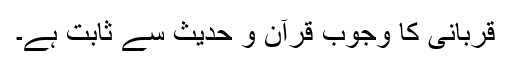
قربانی کا وجوب قرآن و حدیث سے ثابت ہے۔